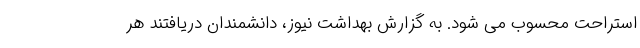
استراحت محسوب می شود. به گزارش بهداشت نیوز، دانشمندان دریافتند هر